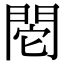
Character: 𨳷